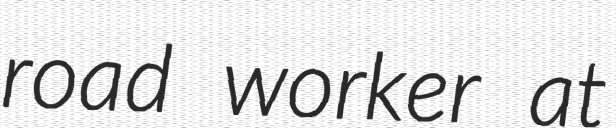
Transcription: road worker at